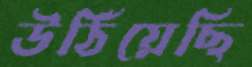
উঠিয়েছি